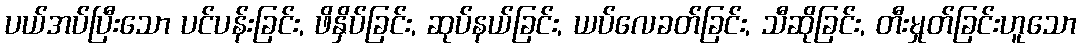
ပယ်အပ်ပြီးသော ပင်ပန်းခြင်း, ဖိနှိပ်ခြင်း, ဆုပ်နယ်ခြင်း, ယပ်လေခတ်ခြင်း, သီဆိုခြင်း, တီးမှုတ်ခြင်းဟူသော